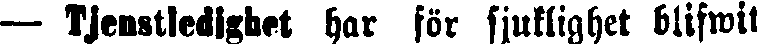
— Tjenstledighet har för sjuklighet blifwit